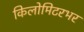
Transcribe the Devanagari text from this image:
किलोमिटरभर